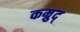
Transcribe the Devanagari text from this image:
कम्रुद्